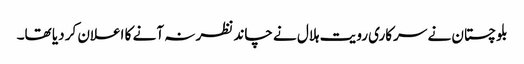
بلوچستان نے سرکاری رویت ہلال نے چاند نظر نہ آنے کا اعلان کر دیا تھا۔